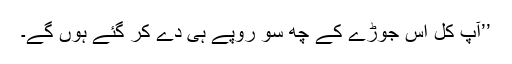
’’آپ کل اس جوڑے کے چھ سو روپے ہی دے کر گئے ہوں گے۔